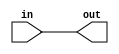
// Question . Wire/m2014 q4h - https://hdlbits.01xz.net/wiki/Exams/m2014_q4h

module top_module (
    input in,
    output out);
    
    assign out = in;
    

endmodule